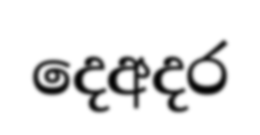
දෙඅදර